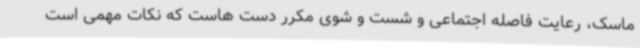
ماسک، رعایت فاصله اجتماعی و شست و شوی مکرر دست هاست که نکات مهمی است